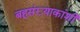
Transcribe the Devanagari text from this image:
बहूसंख्याकांशी